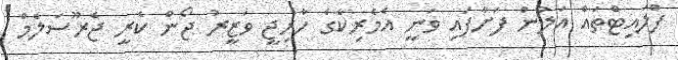
ފްލައިޓްތައް އަލުން ފަށާފައި ވަނީ އެމެރިކާގެ ހާރިޖީ ވަޒީރު ޖޯން ކެރީ ޖެރޫސަލެމް